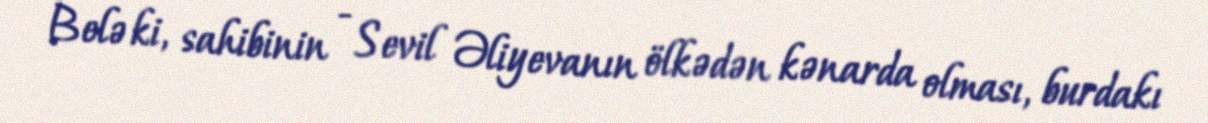
Belə ki, sahibinin - Sevil Əliyevanın ölkədən kənarda olması, burdakı